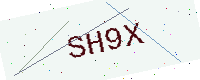
Text: SH9X